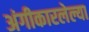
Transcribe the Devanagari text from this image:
अंगीकारलेल्या